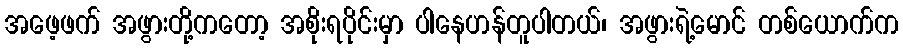
အဖေ့ဖက် အဖွားတို့ကတော့ အစိုးရပိုင်းမှာ ပါနေဟန်တူပါတယ်၊ အဖွားရဲ့မောင် တစ်ယောက်က